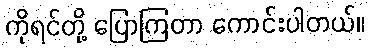
ကိုရင်တို့ ပြောကြတာ ကောင်းပါတယ်။